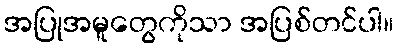
အပြုအမူတွေကိုသာ အပြစ်တင်ပါ။